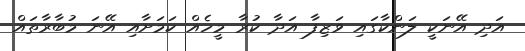
އަދި އޭނަަކީ ލަންކާގައި ވަޒިފާ އަދާ ކުރާ މީހެއް ކަމަށާއި އޭނަ މުބާރާތައް